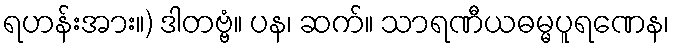
ရဟန်းအား။) ဒါတဗ္ဗံ။ ပန၊ ဆက်။ သာရဏီယဓမ္မပူရဏေန၊